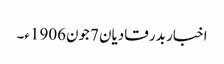
اخبار بدر قادیان 7جون1906ء۔